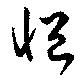
悒